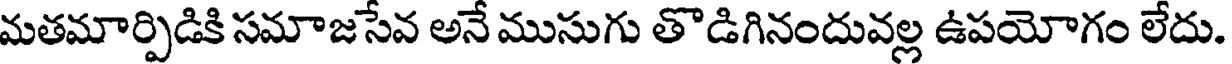
మతమార్పిడికి సమాజసేవ అనే ముసుగు తొడిగినందువల్ల ఉపయోగం లేదు.